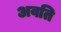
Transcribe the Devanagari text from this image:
अवति